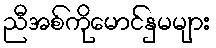
ညီအစ်ကိုမောင်နှမများ